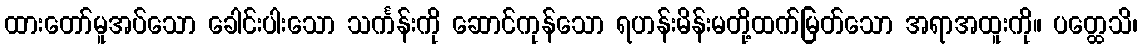
ထားတော်မူအပ်သော ခေါင်းပါးသော သင်္ကန်းကို ဆောင်ကုန်သော ရဟန်းမိန်းမတို့ထက်မြတ်သော အရာအထူးကို။ ပတ္ထေသိ၊